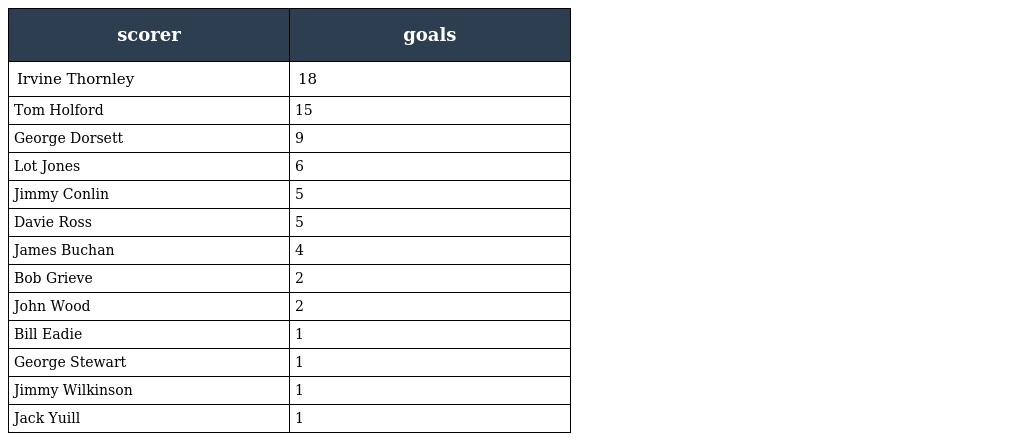
| scorer | goals |
 | --- | --- |
 | Irvine Thornley | 18 |
 | Tom Holford | 15 |
 | George Dorsett | 9 |
 | Lot Jones | 6 |
 | Jimmy Conlin | 5 |
 | Davie Ross | 5 |
 | James Buchan | 4 |
 | Bob Grieve | 2 |
 | John Wood | 2 |
 | Bill Eadie | 1 |
 | George Stewart | 1 |
 | Jimmy Wilkinson | 1 |
 | Jack Yuill | 1 |